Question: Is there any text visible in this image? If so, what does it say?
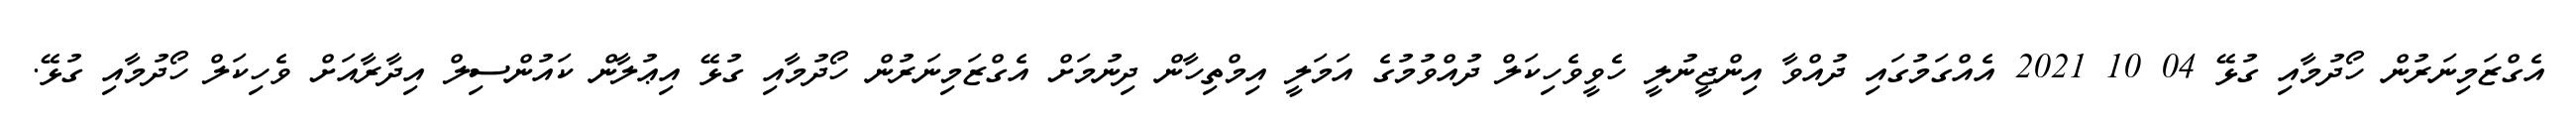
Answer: އެގްޒަމިނަރުން ހޯދުމާއި ގުޅޭ 04 10 2021 އެއްގަމުގައި ދުއްވާ އިންޖީނުލީ ހެވީވެހިކަލް ދުއްވުމުގެ އަމަލީ އިމްތިހާން ދިނުމަށް އެގްޒަމިނަރުން ހޯދުމާއި ގުޅޭ އިޢުލާން ކައުންސިލް އިދާރާއަށް ވެހިކަލް ހޯދުމާއި ގުޅޭ.